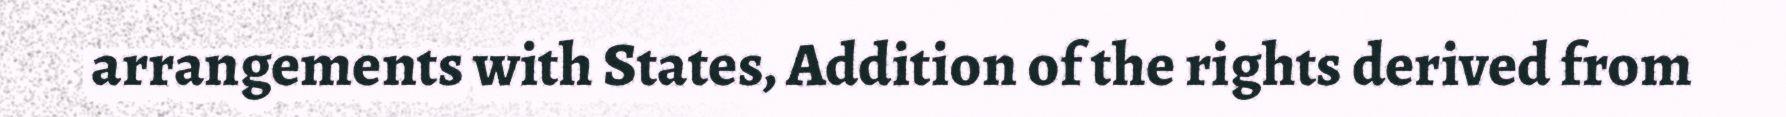
arrangements with States, Addition of the rights derived from